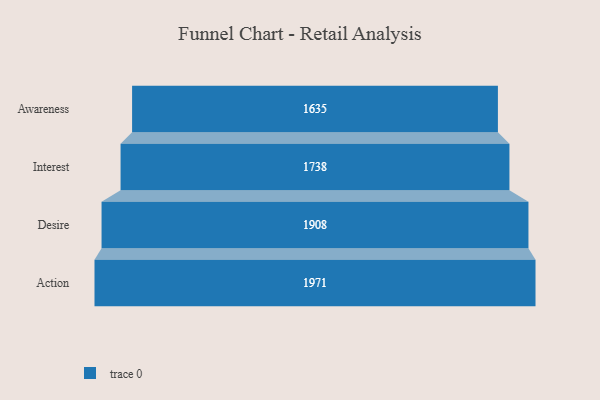
{"axis": {"x": "Stage", "y": "Value"}, "legend": [""], "data": [{"x": "Awareness", "y": 1635.0, "type": ""}, {"x": "Interest", "y": 1738.0, "type": ""}, {"x": "Desire", "y": 1908.0, "type": ""}, {"x": "Action", "y": 1971.0, "type": ""}]}